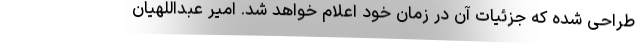
طراحی شده که جزئیات آن در زمان خود اعلام خواهد شد. امیر عبداللهیان